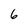
Character: 6